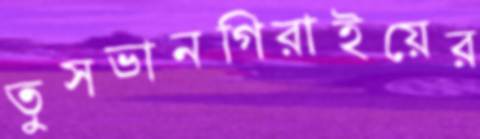
তুসভানগিরাইয়ের